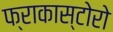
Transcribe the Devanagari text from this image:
फ्राकास्टोरो